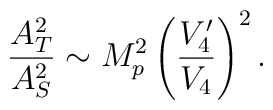
\frac{A_T^2}{A_S^2} \sim M_p^2 \left(\frac{V_4'}{V_4} \right)^2.